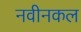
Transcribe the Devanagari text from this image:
नवीनकल